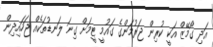
އަދި ގޯމޭޒް އަކީ ކުރިން ޖަރުމަންގެ ގައުމީ ޓީމަށް ގިނަ ލަނޑުތަކެއް ޖަހައިދިން